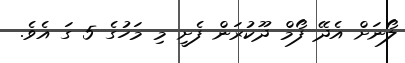
ލޯނަށް އެދޭ ފޯމް ދޫކުރަން ފެށީ މި މަހުގެ 5 ގަ އެވެ.